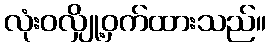
လုံးဝလျှို့ဝှက်ထားသည်။